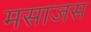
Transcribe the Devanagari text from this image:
मसाजस